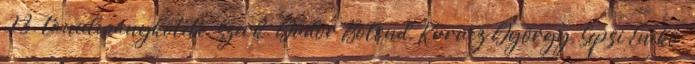
2–3. tanulmánykötete. Szerk. Gudor Botond, Kurucz György, Sepsi Enikő.